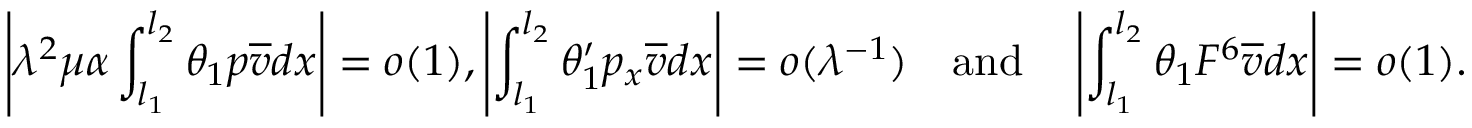
\left| { \lambda } ^ { 2 } \mu \alpha \int _ { l _ { 1 } } ^ { l _ { 2 } } \theta _ { 1 } p \overline { { v } } d x \right| = o ( 1 ) , \left| \int _ { l _ { 1 } } ^ { l _ { 2 } } \theta _ { 1 } ^ { \prime } p _ { x } \overline { { v } } d x \right| = o ( { \lambda } ^ { - 1 } ) \quad \mathrm { a n d } \quad \left| \int _ { l _ { 1 } } ^ { l _ { 2 } } \theta _ { 1 } F ^ { 6 } \overline { { v } } d x \right| = o ( 1 ) .